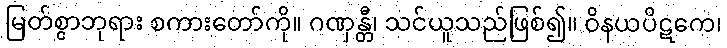
မြတ်စွာဘုရား စကားတော်ကို။ ဂဏှန္တီ၊ သင်ယူသည်ဖြစ်၍။ ဝိနယပိဋကေ၊